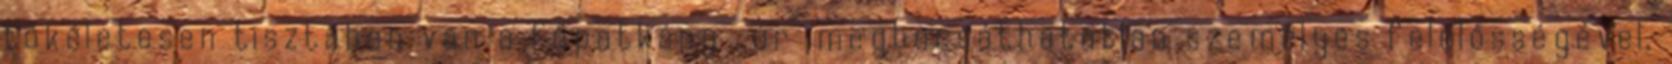
tökéletesen tisztában van a főpatkány ,,úr" megbocsáthatatlan személyes felelősségével,